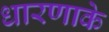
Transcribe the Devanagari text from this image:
धारणाके